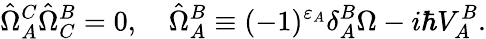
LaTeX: \hat{\Omega}_{A}^{C}\hat{\Omega}_{C}^{B}=0,\quad\hat{\Omega}_{A}^{B}\equiv(-1)^{\varepsilon_{A}}\delta_{A}^{B}\Omega-i\hbar V_{A}^{B}.